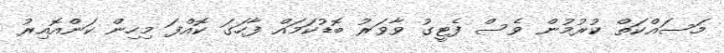
މަސައްކަތް ކުރުމުން ވެސް ފެޓީގު ވާވަރު ބޮޑުކަމައް ފާހަގަ ކޮއްފަ މިހިން ކަންއޮއިރު